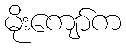
မိုးကျော်က